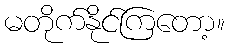
မတိုက်နိုင်ကြတော့။